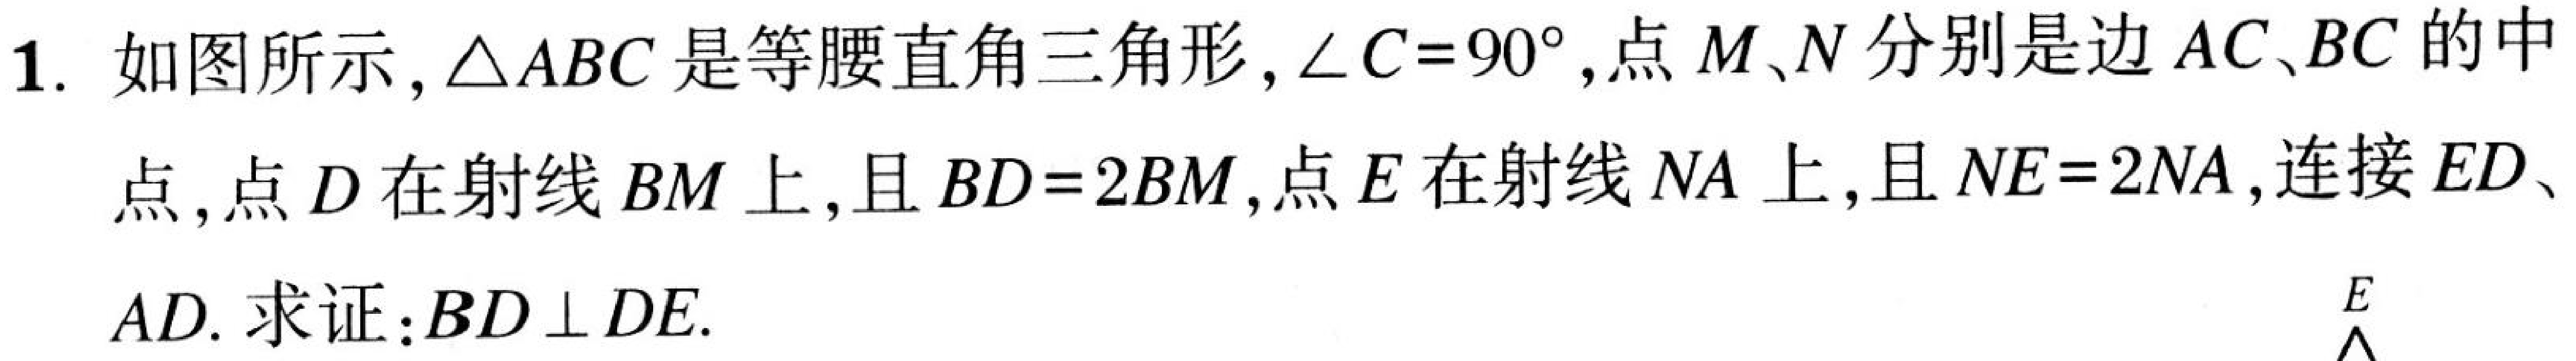
1. 如图所示，$\triangle ABC$是等腰直角三角形，$\angle C = 90^{\circ}$，点$M$、$N$分别是边$AC$、$BC$的中
点，点$D$在射线$BM$上，且$BD = 2BM$，点$E$在射线$NA$上，且$NE = 2NA$，连接$ED$、
$AD$. 求证：$BD\perp DE$.